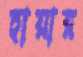
হায়ার